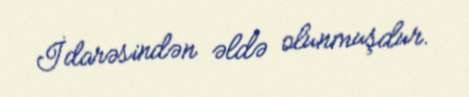
İdarəsindən əldə olunmuşdur.